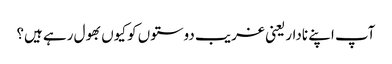
آپ اپنے نادار یعنی غریب دوستوں کو کیوں بھول رہے ہیں؟